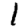
Digit: 1